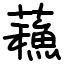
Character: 蘓